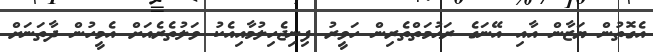
އެގޮތުން ޔަޒާން އާއި އޭނަގެ ރަޙުމަތްތެރިން ހަވީރު ފިނިޖެހިލުމާއިއެކު ވަލުތެރެއަށް އެމީހުން ދާތަނަށް